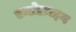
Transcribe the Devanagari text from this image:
एन्डोक्राइन